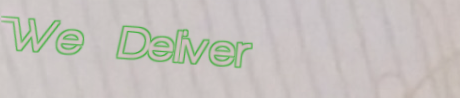
We Deliver